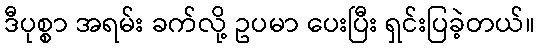
ဒီပုစ္စာ အရမ်း ခက်လို့ ဥပမာ ပေးပြီး ရှင်းပြခဲ့တယ်။